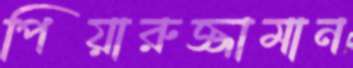
পিয়ারুজ্জামান